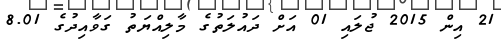
21 އިން 2015 ޖުލައި 01 އަށް ދައުލަތުގެ މާލިއްޔަތު ގަވާއިދުގެ 8.01